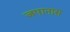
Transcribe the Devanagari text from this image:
जपानास